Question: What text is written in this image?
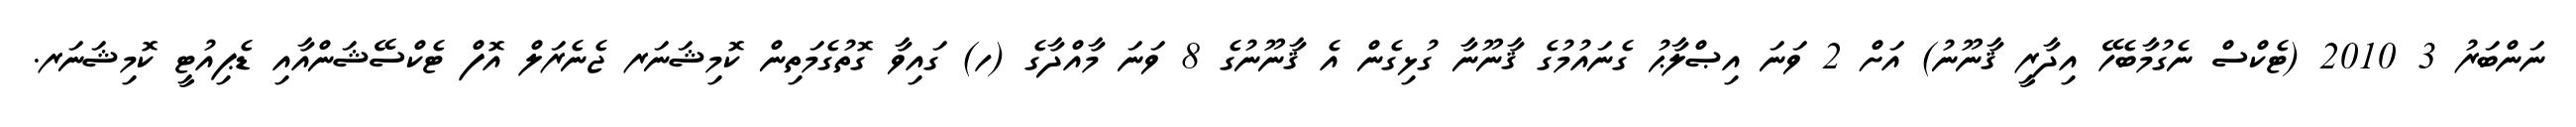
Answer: ނަންބަރު 3 2010 (ޓެކްސް ނެގުމާބެހޭ އިދާރީ ޤާނޫނު) އަށް 2 ވަނަ އިޞްލާޙު ގެނައުމުގެ ޤާނޫނާ ގުޅިގެން އެ ޤާނޫނުގެ 8 ވަނަ މާއްދާގެ (ހ) ގައިވާ ގޮތުގެމަތިން ކޮމިޝަނަރ ޖެނެރަލް އޮފް ޓެކްސޭޝަންއާއި ޑެޕިއުޓީ ކޮމިޝަނަރ.